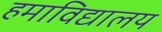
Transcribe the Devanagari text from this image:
हमाविद्यालय